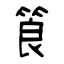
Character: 筤